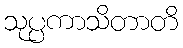
သုပ္ပကာသိတာတိ